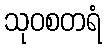
သုဝစတရံ